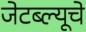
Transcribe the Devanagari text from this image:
जेटब्ल्यूचे